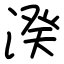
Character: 湀